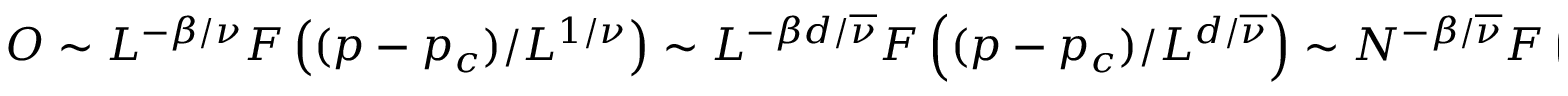
O \sim L ^ { - \beta / \nu } F \left( ( p - p _ { c } ) / L ^ { 1 / \nu } \right) \sim L ^ { - \beta d / \overline { { \nu } } } F \left( ( p - p _ { c } ) / L ^ { d / \overline { { \nu } } } \right) \sim N ^ { - \beta / \overline { { \nu } } } F \left( ( p - p _ { c } ) / N ^ { 1 / \overline { { \nu } } } \right)